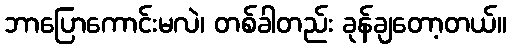
ဘာပြောကောင်းမလဲ၊ တစ်ခါတည်း ခုန်ချတော့တယ်။